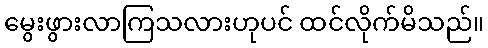
မွေးဖွားလာကြသလားဟုပင် ထင်လိုက်မိသည်။